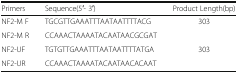
<table><thead><tr><td><b>Primers</b></td><td><b>Sequence(5′- 3′)</b></td><td><b>Product Length(bp)</b></td></tr></thead><tbody><tr><td>NF2-M F</td><td>TGCGTTGAAATTTAATAATTTTACG</td><td>303</td></tr><tr><td>NF2-M R</td><td>CCAAACTAAAATACAATAACGCGAT</td><td></td></tr><tr><td>NF2-UF</td><td>TGTGTTGAAATTTAATAATTTTATGA</td><td>303</td></tr><tr><td>NF2-UR</td><td>CCAAACTAAAATACAATAACACAAT</td><td></td></tr></tbody></table>